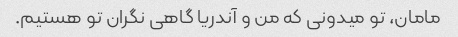
مامان، تو میدونی که من و آندریا گاهی نگران تو هستیم.